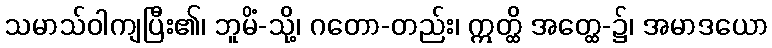
သမာသ်ဝါကျပြီး၏၊ ဘူမိံ-သို့၊ ဂတော-တည်း၊ ဣတ္ထိ အတ္ထေ-၌၊ အမာဒယော